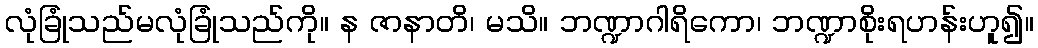
လုံခြုံသည်မလုံခြုံသည်ကို။ န ဇာနာတိ၊ မသိ။ ဘဏ္ဍာဂါရိကော၊ ဘဏ္ဍာစိုးရဟန်းဟူ၍။